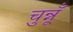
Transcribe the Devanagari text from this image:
चुन्नूँ